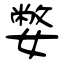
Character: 嫳